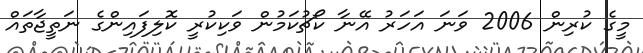
މީގެ ކުރިން 2006 ވަނަ އަހަރު އޭނާ ކޯޗުކަމުން ވަކިކުރީ ކޮލިފައިންގެ ނަތީޖާތައް